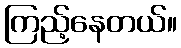
ကြည့်နေတယ်။